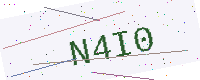
Text: N4I0